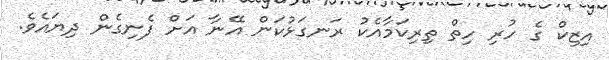
އިޒިކް ގެ ހުރި ހިތް ތިރިކަމާއެކު ރަނގަޅުކަން އޭނާ އަަށް ފެނިގެން ދިޔައެވެ.